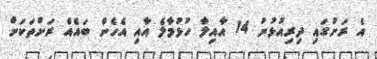
އެ ރަށުގައި ދިރިއުޅުނު 14 އާއިލާ ހުޅުމާލެ އާއި އެހެން ބައެއް ރަށްތަކަށް